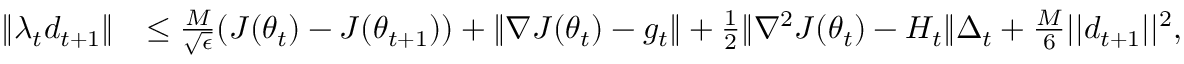
\begin{array} { r l } { \| \lambda _ { t } d _ { t + 1 } \| } & { \leq \frac { M } { \sqrt { \epsilon } } ( J ( \theta _ { t } ) - J ( \theta _ { t + 1 } ) ) + \| \nabla J ( \theta _ { t } ) - g _ { t } \| + \frac { 1 } { 2 } \| \nabla ^ { 2 } J ( \theta _ { t } ) - H _ { t } \| \Delta _ { t } + \frac { M } { 6 } | | d _ { t + 1 } | | ^ { 2 } , } \end{array}